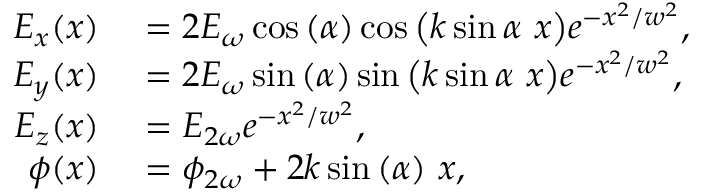
\begin{array} { r l } { E _ { x } ( x ) } & { { } = 2 E _ { \omega } \cos { ( \alpha ) } \cos { \left( k \sin { \alpha } \ x \right) } e ^ { - x ^ { 2 } / w ^ { 2 } } , } \\ { E _ { y } ( x ) } & { { } = 2 E _ { \omega } \sin { ( \alpha ) } \sin { \left( k \sin { \alpha } \ x \right) } e ^ { - x ^ { 2 } / w ^ { 2 } } , } \\ { E _ { z } ( x ) } & { { } = E _ { 2 \omega } e ^ { - x ^ { 2 } / w ^ { 2 } } , } \\ { \phi ( x ) } & { { } = \phi _ { 2 \omega } + 2 k \sin { ( \alpha ) } \ x , } \end{array}